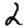
Digit: 2